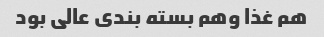
هم غذا وهم بسته بندی عالی بود